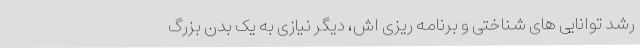
رشد توانایی های شناختی و برنامه ریزی اش، دیگر نیازی به یک بدن بزرگ